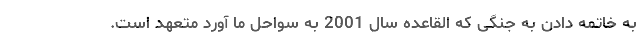
به خاتمه دادن به جنگی که القاعده سال 2001 به سواحل ما آورد متعهد است.